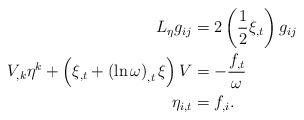
LaTeX: \begin{align*}L_{\eta}g_{ij} & =2\left( \frac{1}{2}\xi_{,t}\right) g_{ij}\\V_{,k}\eta^{k}+\left( \xi_{,t}+\left( \ln\omega\right) _{,t}\xi\right) V& =-\frac{f_{,t}}{\omega}\\\eta_{i,t} & =f_{,i}. \end{align*}